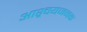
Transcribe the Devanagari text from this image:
आश्र्चयजनक